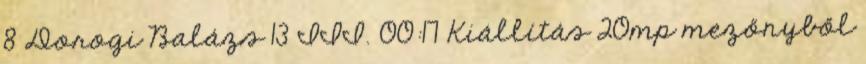
8 Dorogi Balázs 13 III. 00:17 Kiállítás 20mp mezőnyből